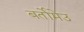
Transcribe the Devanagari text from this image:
बर्तोमेउ